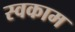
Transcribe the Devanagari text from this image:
स्वकाम